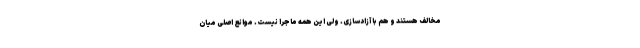
مخالف هستند و هم با آزادسازی. ولی این همه ماجرا نیست. موانع اصلی میان